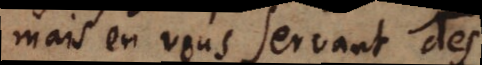
mais en vous servant des